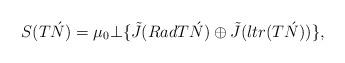
LaTeX: \begin{align*}S(T\acute{N})=\mu _{0}\bot \{\tilde{J}(RadT\acute{N})\oplus \tilde{J}(ltr(T\acute{N}))\}, \end{align*}